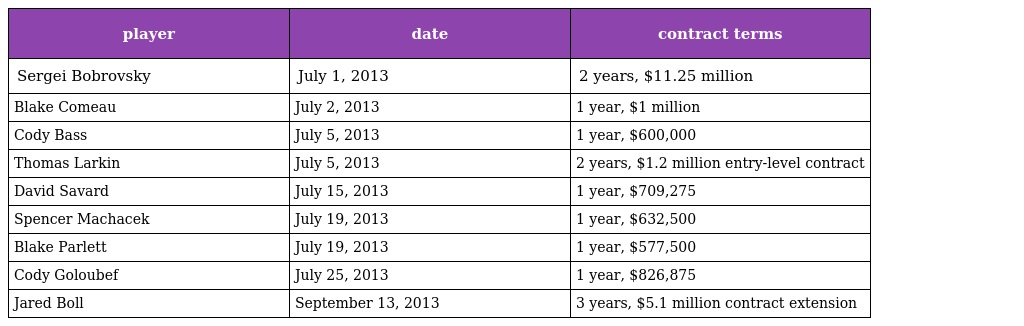
| player | date | contract terms |
 | --- | --- | --- |
 | Sergei Bobrovsky | July 1, 2013 | 2 years, $11.25 million |
 | Blake Comeau | July 2, 2013 | 1 year, $1 million |
 | Cody Bass | July 5, 2013 | 1 year, $600,000 |
 | Thomas Larkin | July 5, 2013 | 2 years, $1.2 million entry-level contract |
 | David Savard | July 15, 2013 | 1 year, $709,275 |
 | Spencer Machacek | July 19, 2013 | 1 year, $632,500 |
 | Blake Parlett | July 19, 2013 | 1 year, $577,500 |
 | Cody Goloubef | July 25, 2013 | 1 year, $826,875 |
 | Jared Boll | September 13, 2013 | 3 years, $5.1 million contract extension |